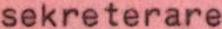
sekreterare